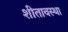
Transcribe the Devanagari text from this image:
शीतावस्था